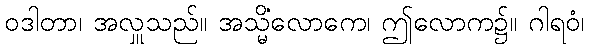
ဝဒါတာ၊ အလှူသည်။ အသ္မိံလောကေ၊ ဤလောက၌။ ဂါရဝံ၊